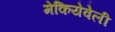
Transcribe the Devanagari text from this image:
मेकियेवेली